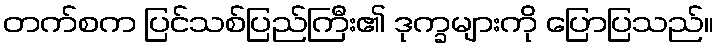
တက်စက ပြင်သစ်ပြည်ကြီး၏ ဒုက္ခများကို ပြောပြသည်။